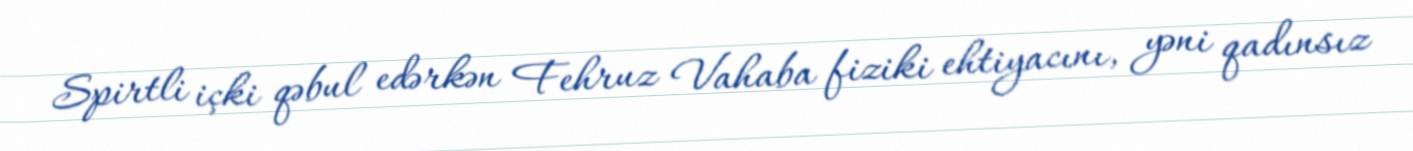
Spirtli içki qəbul edərkən Fehruz Vahaba fiziki ehtiyacını, yəni qadınsız